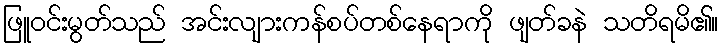
ဖြူဝင်းမွတ်သည် အင်းလျားကန်စပ်တစ်နေရာကို ဖျတ်ခနဲ သတိရမိ၏။